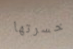
خسرتها